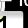
Digit: 1